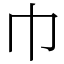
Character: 巾